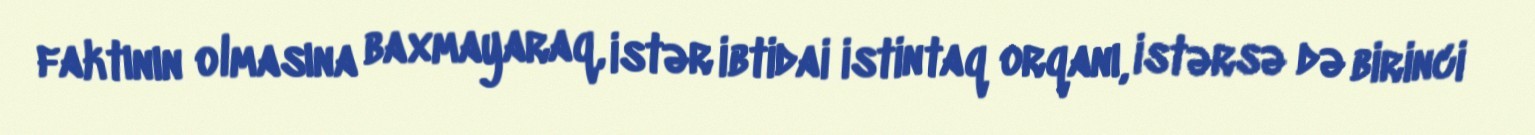
faktının olmasına baxmayaraq, istər ibtidai istintaq orqanı, istərsə də birinci